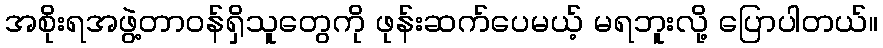
အစိုးရအဖွဲ့တာဝန်ရှိသူတွေကို ဖုန်းဆက်ပေမယ့် မရဘူးလို့ ပြောပါတယ်။